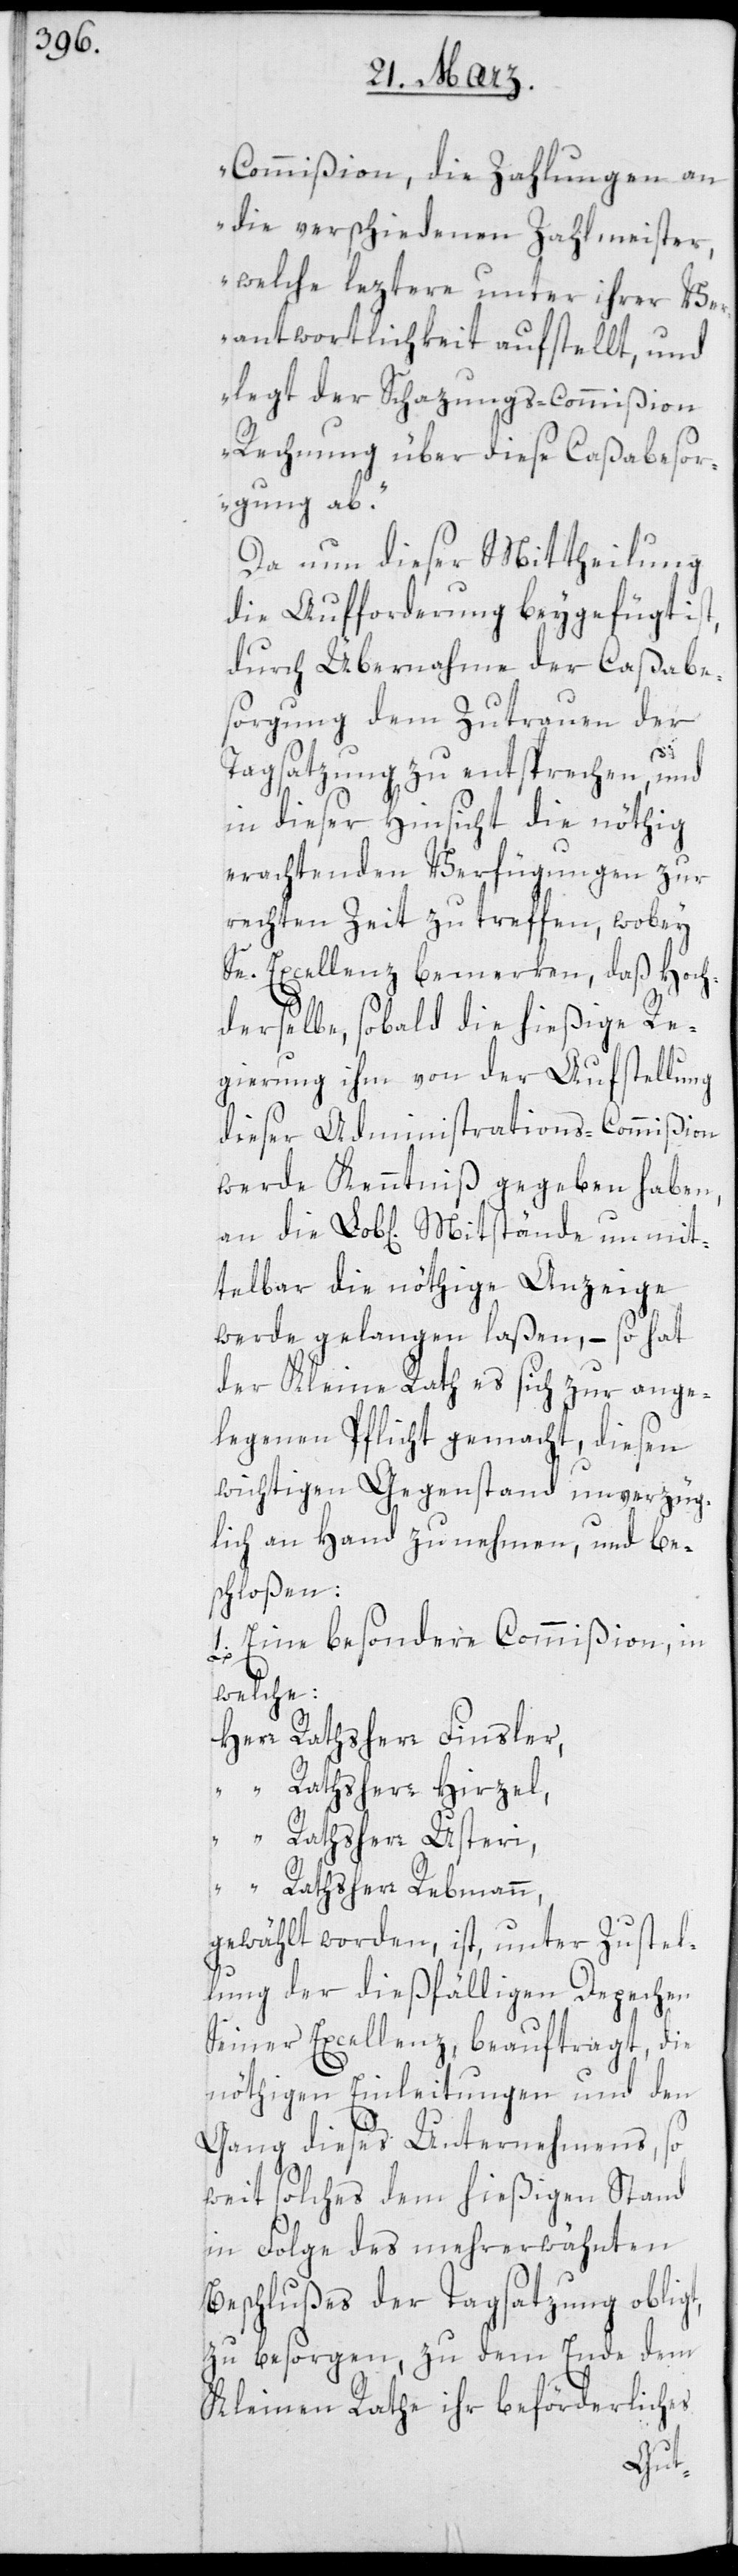
Commißion, die Zahlungen an
die verschiedenen Zahlmeister,
welche leztere unter ihrer Ve¬
rantwortlichkeit aufstellt, und
legt der Schatzungs-Commißion
Rechnung über diese Caßabesor¬
gung ab“.
Da nun dieser Mittheilung
die Aufforderung beygefügt
durch Übernahme der Caßabe¬
sorgung dem Zutrauen der
Tagsatzung zu entsprechen, und
in dieser Hinsicht die nöthig
erachtenden Verfügungen zur
rechten Zeit zu treffen, wobey
Se. Excellenz bemerken, daß Hoch¬
derselbe, sobald die hießige Re¬
gierung ihm von der Aufstellung
dieser Administrations-Commißion
werde Kenntniß gegeben haben,
telbar die nöthige Anzeige
werde gelangen laßen, – so hat
der Kleine Rath es sich zur ange¬
legenen Pflicht gemacht, diesen
wichtigen Gegenstand unverzüg¬
lich an Hand zu nehmen, und be¬
schloßen:
Eine besondere Commißion, in
die
welche:
Herr Rathsherr Finsler,
“ Rathsherr Hirzel,
“ Rathsherr Usteri,
“ Rathsherr Rebmann,
gewählt worden ist, unter Zustel¬
lung der dießfälligen Depechen
Seiner Excellenz, beauftragt, die
nöthigen Einleitungen und den
Gang dieses Unternehmens, so
weit solches dem hießigen stand
in Folge des mehrerwähnten
Beschlußes der Tagsatzung obligt,
zu besorgen, zu dem Ende dem
Kleinen Rathe ihr beförderliches
unmit¬